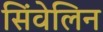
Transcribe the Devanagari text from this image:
सिंवेलिन